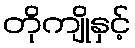
တိုကျိုနှင့်